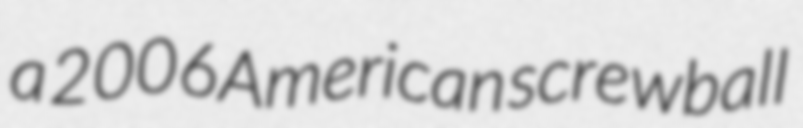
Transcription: a 2006 American screwball